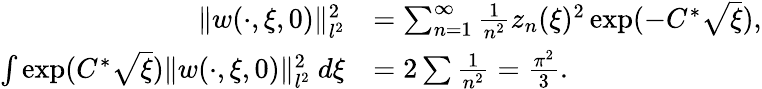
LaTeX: \begin{array}{rl}{\Vert w(\cdot,\xi,0)\Vert_{l^{2}}^{2}}&{=\sum_{n=1}^{\infty}\frac 1{n^{2}}z_{n}(\xi)^{2}\exp(-C^{\ast}\sqrt\xi),}\\ {\int\exp(C^{\ast}\sqrt\xi)\Vert w(\cdot,\xi,0)\Vert_{l^{2}}^{2}\ d\xi}&{=2\sum\frac 1{n^{2}}=\frac{\pi^{2}}3.}\end{array}